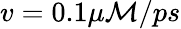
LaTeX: v=0.1\mu\mathcal{M}/ps